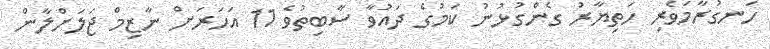
ހަނގުރާމަވެރި ހަތިޔާރު ގެންގުޅުނު ކަމުގެ ދައުވާ ސާބިތުވެ 11 އަހަރަށް ނާޒިމް ޖަލަށްލާން